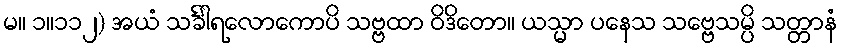
မ။ ၁။၁၁၂) အယံ သင်္ခါရလောကောပိ သဗ္ဗထာ ဝိဒိတော။ ယသ္မာ ပနေသ သဗ္ဗေသမ္ပိ သတ္တာနံ